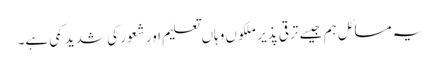
یہ مسائل ہم جیسے ترقی پذیر ملکوں وہاں تعلیم اور شعور کی شدید کمی ہے۔